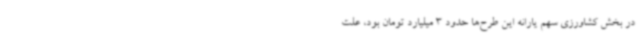
در بخش کشاورزی سهم یارانه این طرح‌ها حدود 3 میلیارد تومان بود، علت